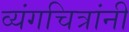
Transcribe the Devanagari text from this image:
व्यंगचित्रांनी